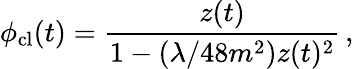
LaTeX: \phi_{\mathrm{cl}}(t)={\frac{z(t)}{1-(\lambda/48m^{2})z(t)^{2}}}\, ,